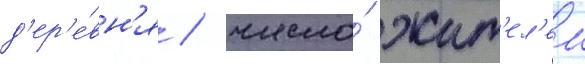
д'ер'е́вн'я / число́ жит'ел'еи